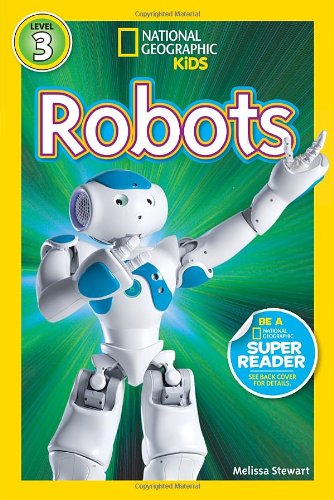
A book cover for National Geographic Readers: Robots; Melissa Stewart; Children's Books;